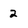
Character: 2